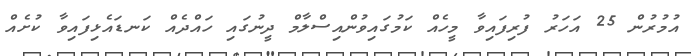
އުމުރުން 25 އަހަރު ފުރިފައިވާ މީހެއް ކަމުގައިވުންއިސްލާމް ދީނުގައި ހައްދެއް ކަނޑައެޅިފައިވާ ކުށެއް